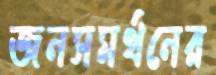
জনসমর্থনের